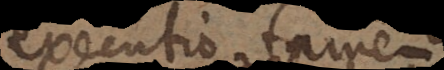
executio tamen